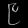
Digit: ၉